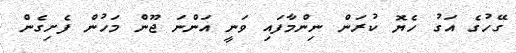
ގޭހުގެ އަގު ހެޔޮ ކުރަން ނިންމާފައި ވަނީ އަންނަ ޖޫން މަހުން ފެށިގެން